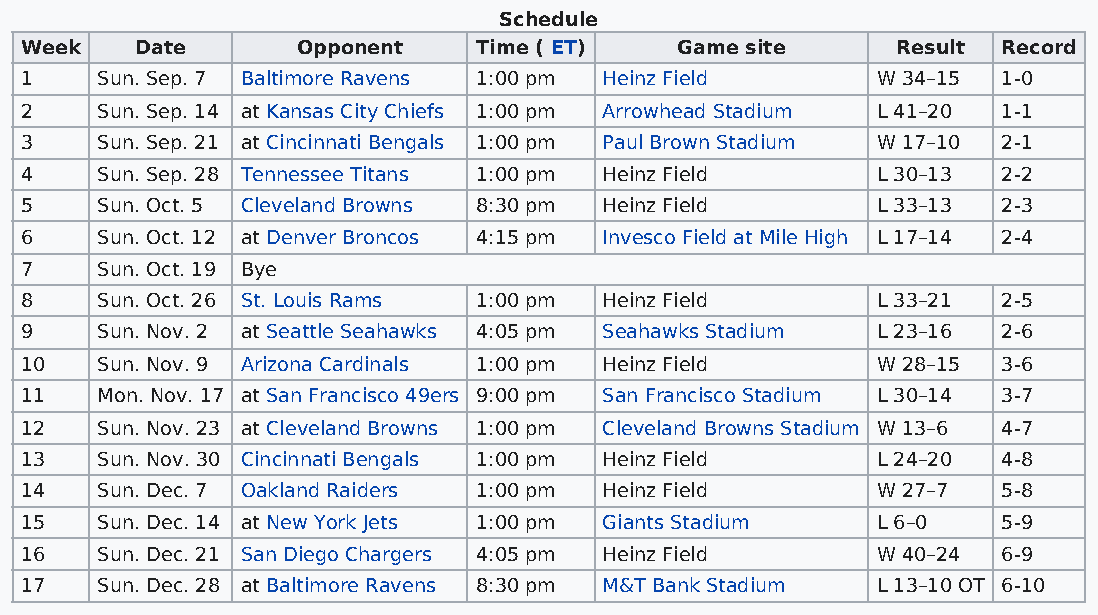
Schedule
 Week    Date       Opponent    Time ( ET)   Game site     Result Record
 1    Sun. Sep. 7 Baltimore Ravens 1:00 pm Heinz Field    W 34–15 1-0
 2    Sun. Sep. 14 at Kansas City Chiefs 1:00 pm Arrowhead Stadium L 41–20 1-1
 3    Sun. Sep. 21 at Cincinnati Bengals 1:00 pm Paul Brown Stadium W 17–10 2-1
 4    Sun. Sep. 28 Tennessee Titans 1:00 pm Heinz Field   L 30–13 2-2
 5    Sun. Oct. 5 Cleveland Browns 8:30 pm Heinz Field    L 33–13 2-3
 6    Sun. Oct. 12 at Denver Broncos 4:15 pm Invesco Field at Mile High L 17–14 2-4
 7    Sun. Oct. 19 Bye
 8    Sun. Oct. 26 St. Louis Rams 1:00 pm Heinz Field     L 33–21 2-5
 9    Sun. Nov. 2 at Seattle Seahawks 4:05 pm Seahawks Stadium L 23–16 2-6
 10   Sun. Nov. 9 Arizona Cardinals 1:00 pm Heinz Field   W 28–15 3-6
 11   Mon. Nov. 17 at San Francisco 49ers 9:00 pm San Francisco Stadium L 30–14 3-7
 12   Sun. Nov. 23 at Cleveland Browns 1:00 pm Cleveland Browns Stadium W 13–6 4-7
 13   Sun. Nov. 30 Cincinnati Bengals 1:00 pm Heinz Field L 24–20 4-8
 14   Sun. Dec. 7 Oakland Raiders 1:00 pm Heinz Field     W 27–7  5-8
 15   Sun. Dec. 14 at New York Jets 1:00 pm Giants Stadium L 6–0  5-9
 16   Sun. Dec. 21 San Diego Chargers 4:05 pm Heinz Field W 40–24 6-9
 17   Sun. Dec. 28 at Baltimore Ravens 8:30 pm M&T Bank Stadium L 13–10 OT 6-10